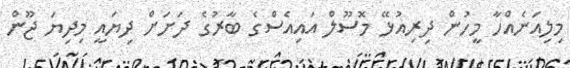
މިލިއަނެއްހާ މީހުން ދިރިއުޅޭ މޮސޫލް އައިއެސްގެ ބާރުގެ ދަށަށް ދިޔައީ މިދިޔަ ޖޫން